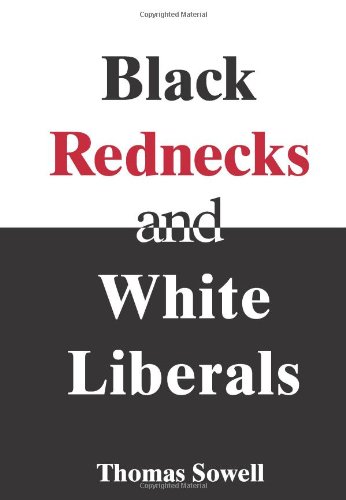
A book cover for Black Rednecks and White Liberals; Thomas Sowell; History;